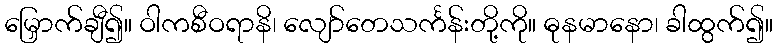
မြှောက်ချီ၍။ ဝါကစီဝရာနိ၊ လျော်တေသင်္ကန်းတို့ကို။ ဓုနမာနော၊ ခါထွက်၍။